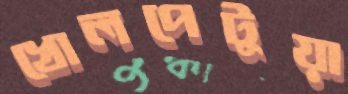
খোলপেটুয়া